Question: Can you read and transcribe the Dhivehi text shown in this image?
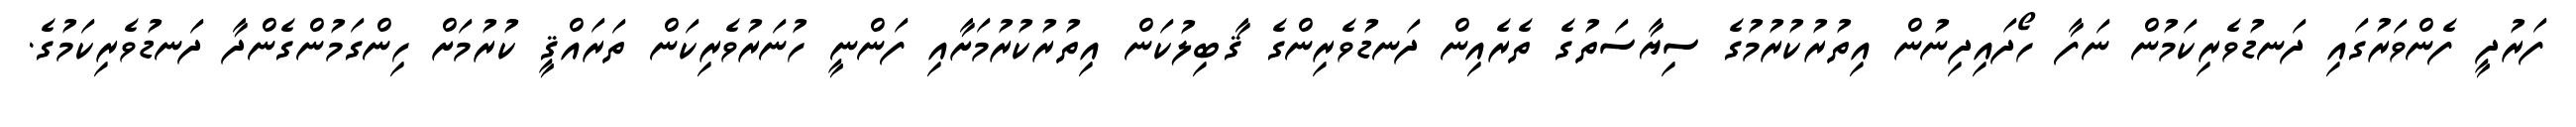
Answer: ފަރުދީ ފެންވަރުގައި ދަނޑުވެރިކަމުން ނަފާ ހޯދައިދިނުން އިތުރުކުރުމުގެ ސިޔާސަތުގެ ތެރެއިން ދަނޑުވެރިންގެ ޤާބިލުކަން އިތުރުކުރުމަށާއި ފަންނީ ހުނަރުވެރިކަން ތަރައްޤީ ކުރުމަށް ހިންގަމުންގެންދާ ދަނޑުވެރިކަމުގެ.